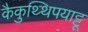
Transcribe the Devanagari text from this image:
कैकुथ्थिपयाट्टू